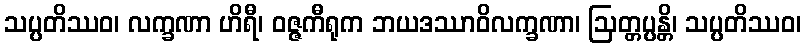
သပ္ပတိဿဝ၊ လက္ခဏာ ဟိရီ၊ ဝဇ္ဇကီရုက ဘယဒဿာဝိလက္ခဏာ၊ ဩတ္တပ္ပန္တိ၊ သပ္ပတိဿဝ၊